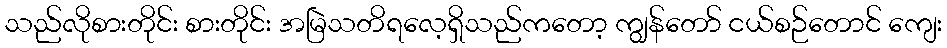
သည်လိုစားတိုင်း စားတိုင်း အမြဲသတိရလေ့ရှိသည်ကတော့ ကျွန်တော် ငယ်စဉ်တောင် ကျေး